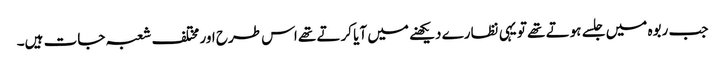
جب ربوہ میں جلسے ہوتے تھے تو یہی نظارے دیکھنے میں آیا کرتے تھے اس طرح اور مختلف شعبہ جات ہیں۔